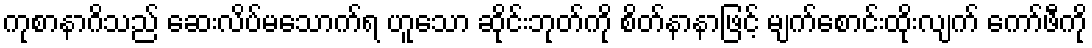
ကုစာနာဂိသည် ဆေးလိပ်မသောက်ရ ဟူသော ဆိုင်းဘုတ်ကို စိတ်နာနာဖြင့် မျက်စောင်းထိုးလျက် ကော်ဖီကို